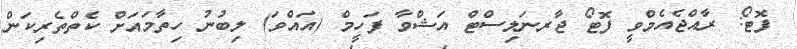
ފޮޓޯ: ރާއްޖެއެމްވީ ފޮޓޯ ޖާރނަލިސްޓް އަޝްވާ ފަހީމް (އައްވަ) ލިބުނު ހިތާމައަށް ކެތްތެރިކަން